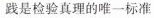
践是检验真理的唯一标准